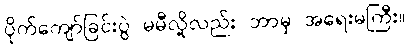
ပိုက်ကျော်ခြင်းပွဲ မမီလို့လည်း ဘာမှ အရေးမကြီး။